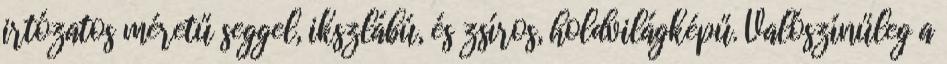
irtózatos méretű seggel, ikszlábú, és zsíros, holdvilágképű. Valószínűleg a